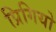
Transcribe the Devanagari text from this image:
प्रिगियो